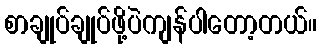
စာချုပ်ချုပ်ဖို့ပဲကျန်ပါတော့တယ်။